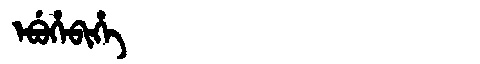
Manchu: ᡝᠪᡠᡥᡝᠪᡳᡥᡝ
Romanization: EBUHEBIHE